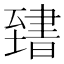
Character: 𦥌